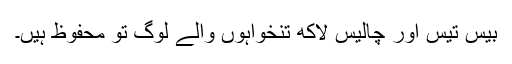
بیس تیس اور چالیس لاکھ تنخواہوں والے لوگ تو محفوظ ہیں۔